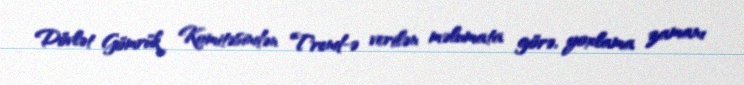
Dövlət Gömrük Komitəsindən Trend-ə verilən məlumata görə, yoxlama zamanı